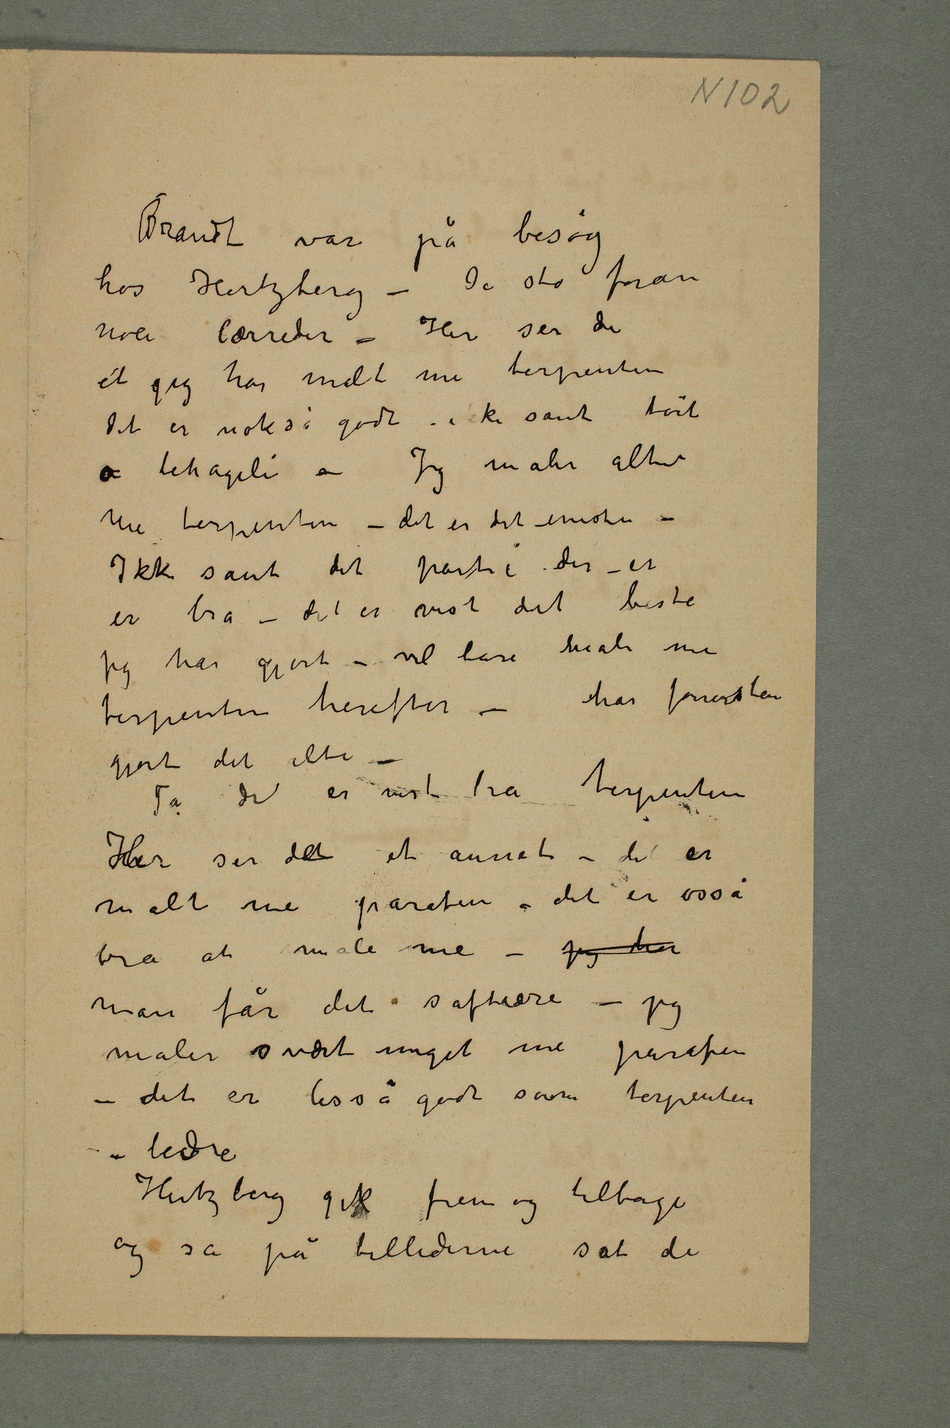
Brandt var på besøg
hos Hertzberg – De sto foran
noen lærreder – Her ser du
at jeg har malt me terpentin
Det er nokså godt – ikke santtørt
å behageli – Jeg maler altid
me terpentin – det er det eneste –
Ikke sant det parti der – er
er bra – det er vist det beste
jeg har gjort – vil bare male me
terpentin herefter – har forresten
gjort det alti –
Ja det er vist bra terpentin
Her ser du et annet – det er
malt me parafin – det er osså
bra at male me – jeg har
man får det saftiere – jeg
maler svært meget me parafin –
det er lisså godt som terpentin –
bedre
Hertzberg gik frem og tilbage
og så på billedernesat de